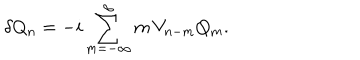
LaTeX: \delta Q _ { n } = - i \sum _ { m = - \infty } ^ { \infty } m \, V _ { n - m } Q _ { m } .